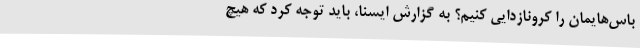
باس‌هایمان را کرونازدایی کنیم؟ به گزارش ایسنا، باید توجه کرد که هیچ‌